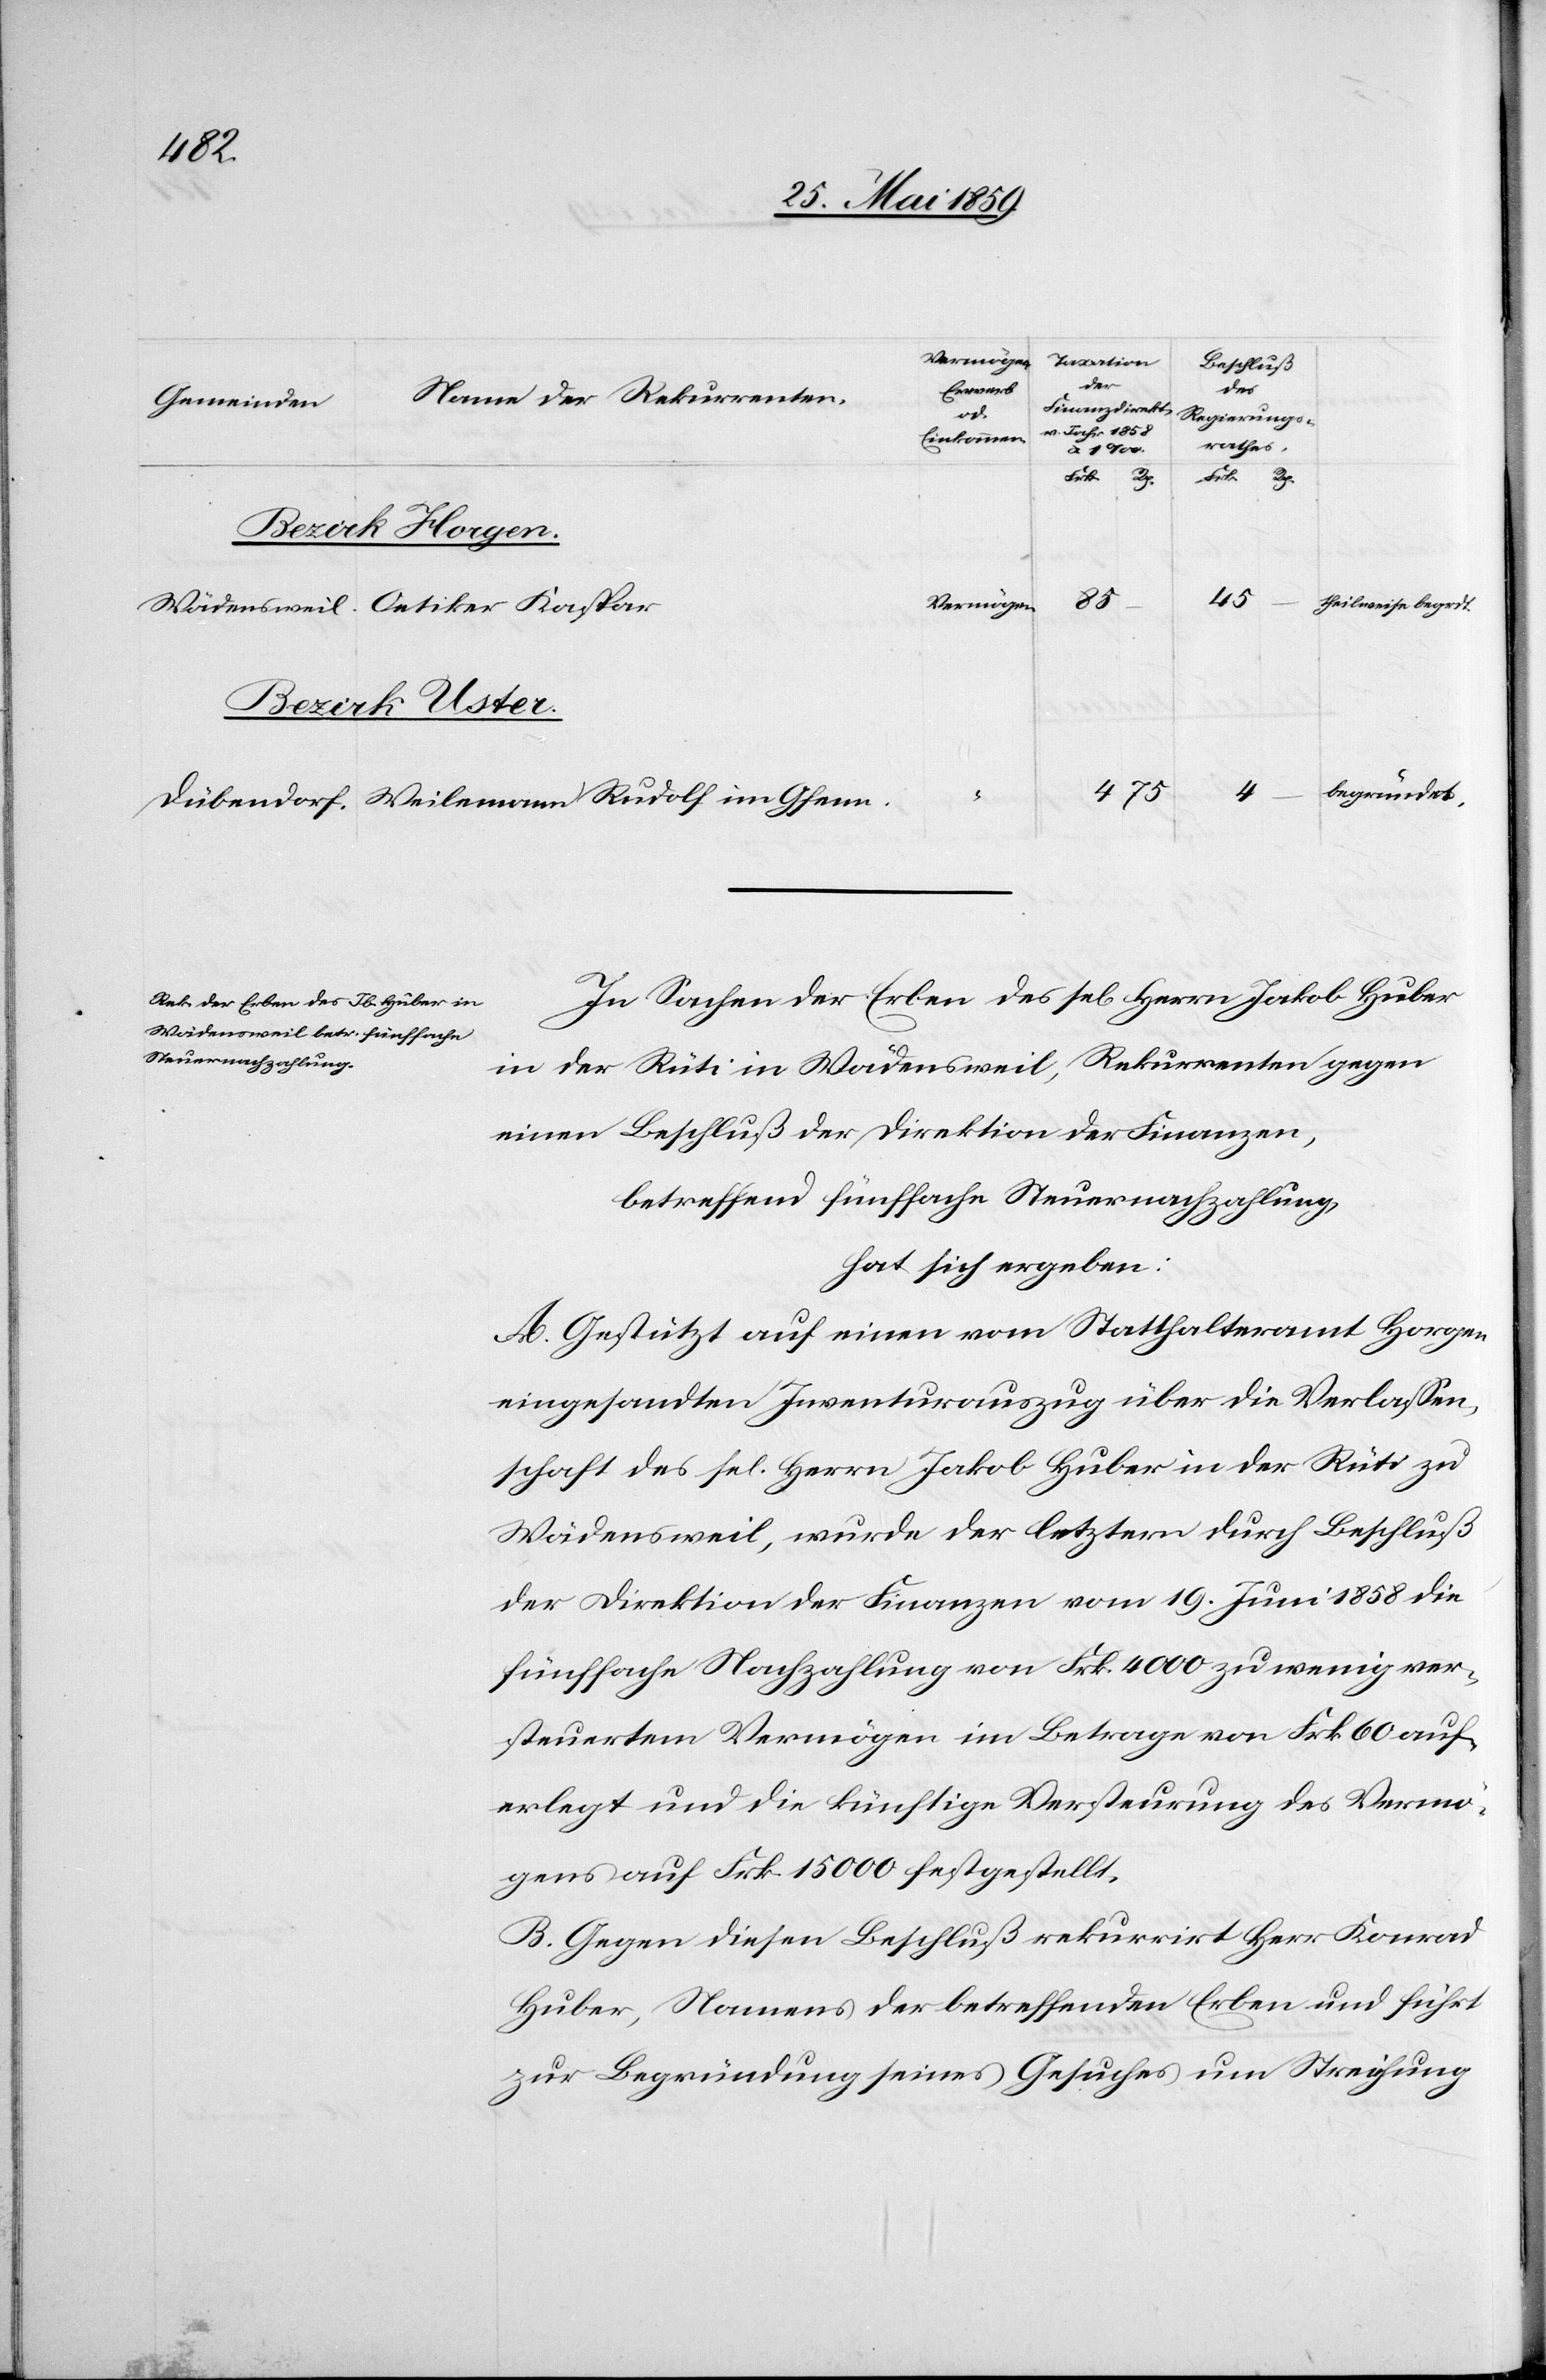
Gfenn.
Kaspar
Bezirk Horgen.
45
theilweise begrdt.
Vermögen
Bezirk Uster.
4
begründet.
In Sachen der Erben des sel. Herrn Jakob Huber
in der Rüti in Wädensweil, Rekurrenten gegen
einen Beschluß der Direktion der Finanzen,
betreffend fünffache Steuernachzahlung,
hat sich ergeben:
A. Gestützt auf einen vom Statthalteramt Horgen
eingesandten Inventurauszug über die Verlassen¬
schaft des sel. Herrn Jakob Huber in der Rüti zu
Wädensweil, wurde der letztern durch Beschluß
der Direktion der Finanzen vom 19. Juni 1858 die
fünffache Nachzahlung von Frk. 4000 zu wenig ver¬
steuertem Vermögen im Betrage von Frk 60 auf¬
erlegt und die künftige Versteurung des Vermö¬
gens auf Frk. 15000 festgestellt.
B. Gegen diesen Beschluß rekurrirt Herr Konrad
Huber, Namens der betreffenden Erben und führt
zur Begründung seines Gesuches um Streichung